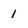
Character: 1